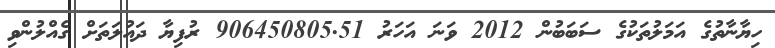
ހިޔާނާތުގެ އަމަލުތަކުގެ ސަބަބުން 2012 ވަނަ އަހަރު 906450805.51 ރުފިޔާ ދައުލަތަށް ގެއްލުންވި